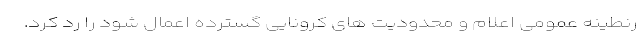
رنطینه عمومی اعلام و محدودیت های کرونایی گسترده اعمال شود را رد کرد.